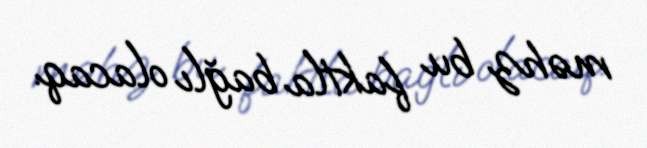
məhz bu faktla bağlı olacaq.